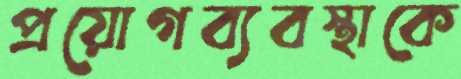
প্রয়োগব্যবস্থাকে